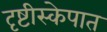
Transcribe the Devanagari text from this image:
दृष्टीस्केपात